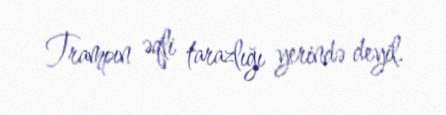
Trampın əqli tarazlığı yerində deyil.